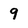
Character: 9